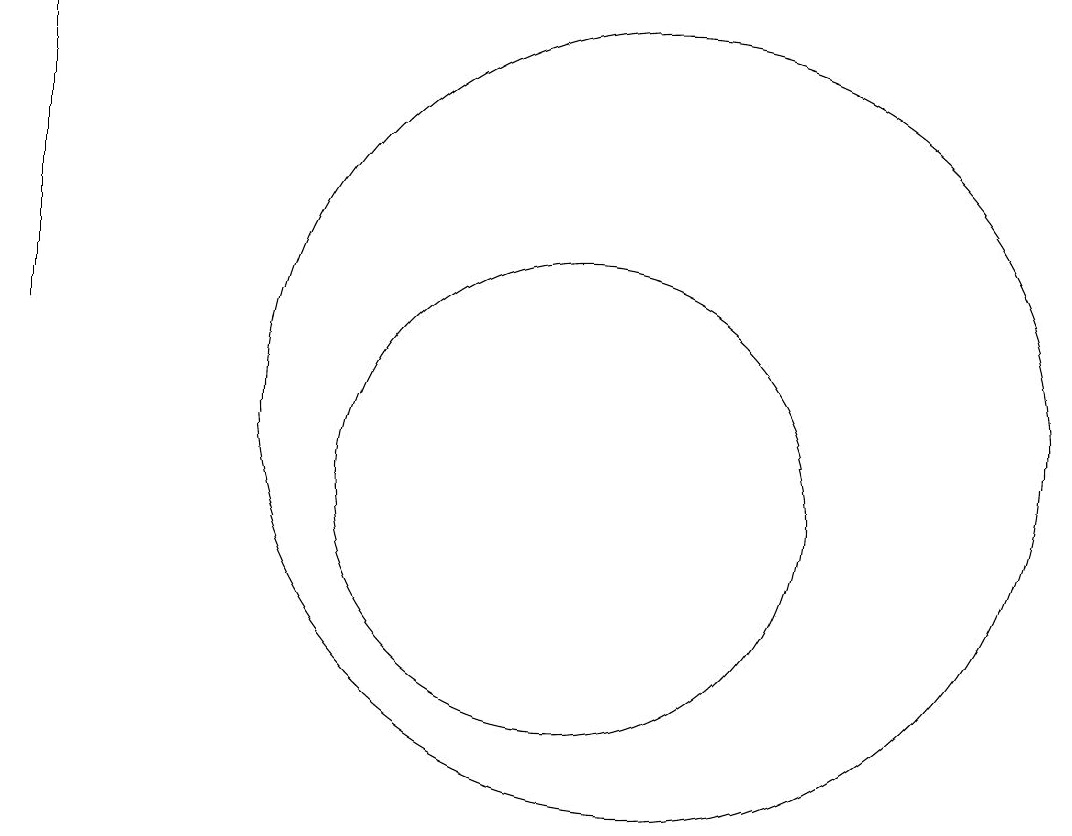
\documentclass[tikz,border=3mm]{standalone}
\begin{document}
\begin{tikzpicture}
\draw (11,10) circle (3);
\draw (4,12) rectangle (4,16);
\draw (12,11) circle (5);
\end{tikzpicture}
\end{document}